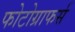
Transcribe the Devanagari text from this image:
फोटोग्राफर्स